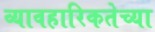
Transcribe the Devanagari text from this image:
व्यावहारिकतेच्या